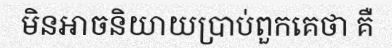
មិនអាចនិយាយប្រាប់ពួកគេថា គឺ